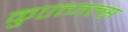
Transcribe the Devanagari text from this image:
कुएत्जल्स